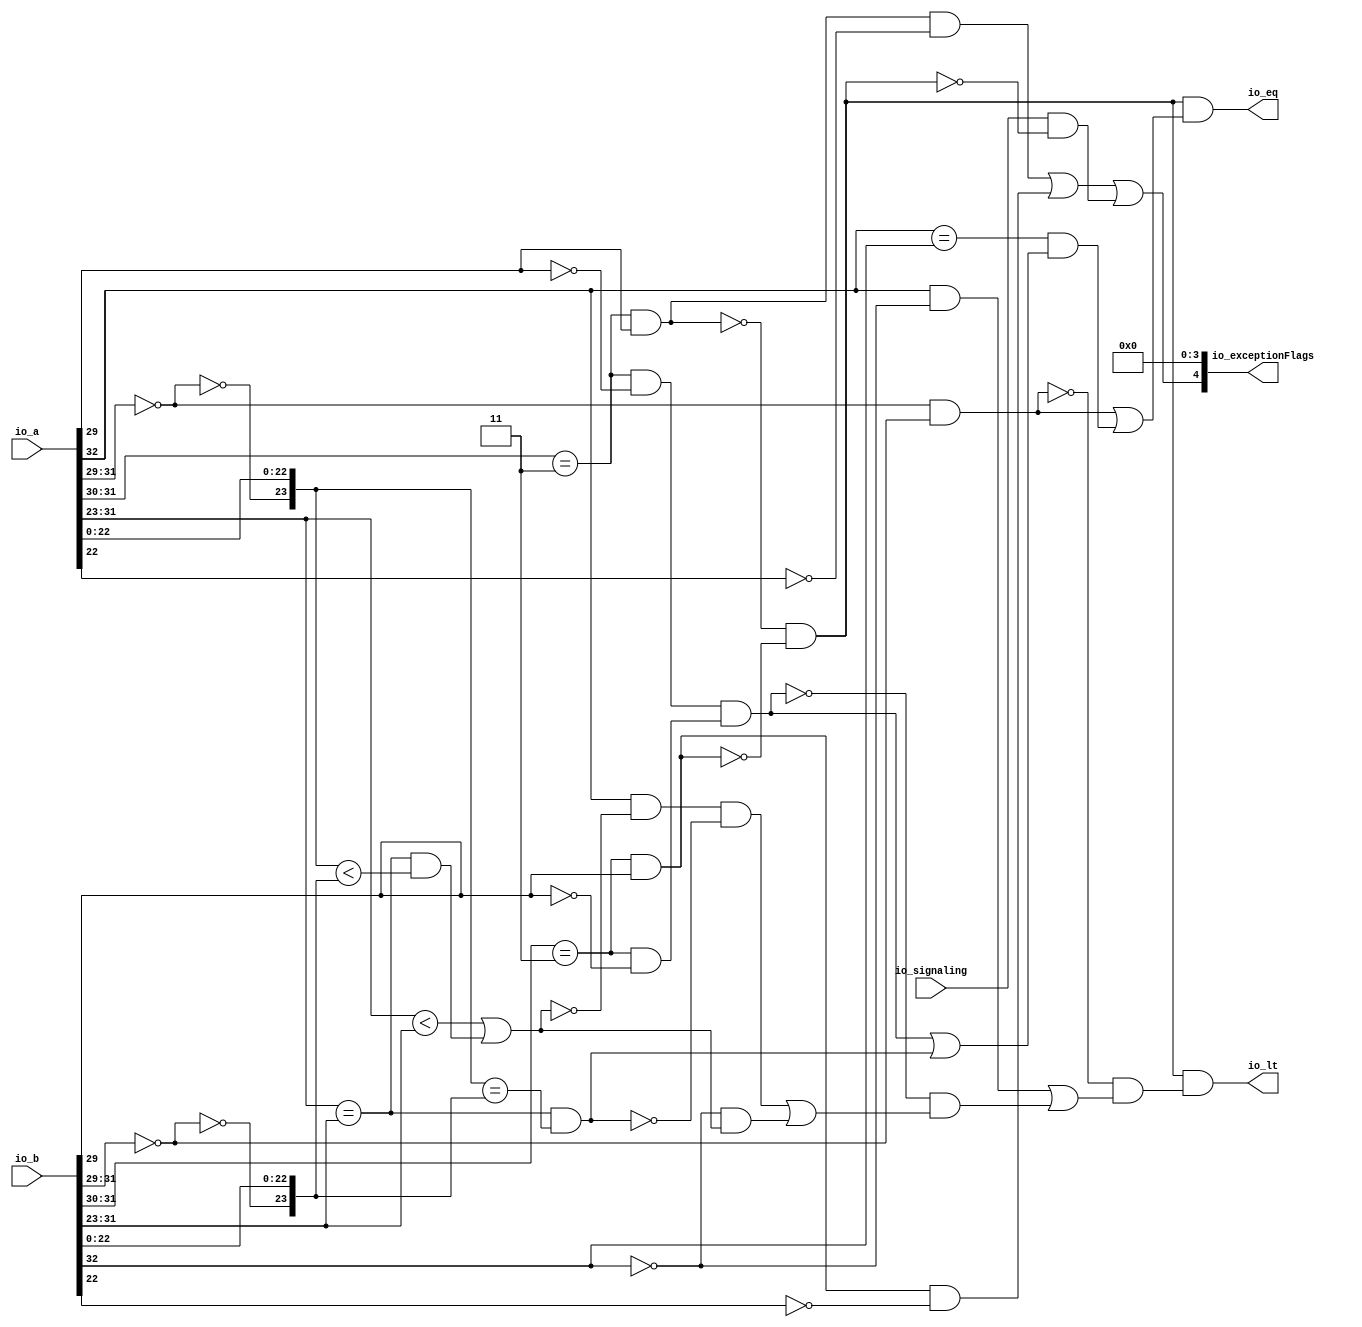
module CompareRecFN(
  input  [32:0] io_a,
  input  [32:0] io_b,
  input         io_signaling,
  output        io_lt,
  output        io_eq,
  output [4:0]  io_exceptionFlags
);
  wire  rawA_isZero;
  wire  rawA_isNaN;
  wire  rawA_isInf;
  wire  rawA_sign;
  wire [9:0] rawA_sExp;
  wire [24:0] rawA_sig;
  wire  rawB_isZero;
  wire  rawB_isNaN;
  wire  rawB_isInf;
  wire  rawB_sign;
  wire [9:0] rawB_sExp;
  wire [24:0] rawB_sig;
  wire  ordered;
  wire  bothInfs;
  wire  bothZeros;
  wire  eqExps;
  wire  common_ltMags;
  wire  common_eqMags;
  wire  ordered_lt;
  wire  ordered_eq;
  wire  invalid;

`define MY_ASSIGNMENT
`ifdef MY_ASSIGNMENT
  assign rawA_isZero = io_a[31:29] == 3'h0;
  assign rawA_isNaN = (io_a[31:30] == 2'h3) & io_a[29];
  assign rawA_isInf = (io_a[31:30] == 2'h3) & !io_a[29];
  assign rawA_sign = io_a[32];
  assign rawA_sExp = {1'b0,$signed(io_a[31:23])};
  assign rawA_sig = {1'h0, !rawA_isZero, io_a[22:0]};
  assign rawB_isZero = io_b[31:29] == 3'h0;
  assign rawB_isNaN = (io_b[31:30] == 2'h3) & io_b[29];
  assign rawB_isInf = (io_b[31:30] == 2'h3) & !io_b[29];
  assign rawB_sign = io_b[32];
  assign rawB_sExp = {1'b0,$signed(io_b[31:23])};
  assign rawB_sig = {1'h0, !rawB_isZero, io_b[22:0]};
  assign ordered = !rawA_isNaN & !rawB_isNaN;
  assign bothInfs = rawA_isInf & rawB_isInf;
  assign bothZeros = rawA_isZero & rawB_isZero;
  assign eqExps = $signed(rawA_sExp) == $signed(rawB_sExp);
  assign common_ltMags = ($signed(rawA_sExp) < $signed(rawB_sExp)) | (eqExps & (rawA_sig < rawB_sig));
  assign common_eqMags = eqExps & (rawA_sig == rawB_sig);
  assign ordered_lt = !bothZeros & ((rawA_sign & !rawB_sign) | (!bothInfs & ((rawA_sign & !common_ltMags & !common_eqMags) | (!rawB_sign & common_ltMags))));
  assign ordered_eq = bothZeros | ((rawA_sign == rawB_sign) & (bothInfs | common_eqMags));
  assign invalid = (rawA_isNaN & !rawA_sig[22]) 
		| (rawB_isNaN & !rawB_sig[22]) 
		| (io_signaling & !ordered)
		;
  assign io_lt = ordered & ordered_lt;
  assign io_eq = ordered & ordered_eq;
  assign io_exceptionFlags = {invalid,4'h0};

`endif // MY_ASSIGNMENT

endmodule